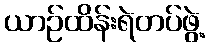
ယာဉ်ထိန်းရဲတပ်ဖွဲ့